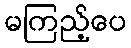
မကြည့်ပေ